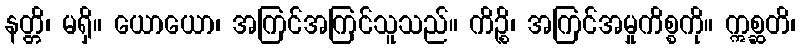
နတ္တိ၊ မရှိ။ ယောယော၊ အကြင်အကြင်သူသည်။ ကိဉ္စိ၊ အကြင်အမှုကိစ္စကို။ ဣစ္ဆတိ၊